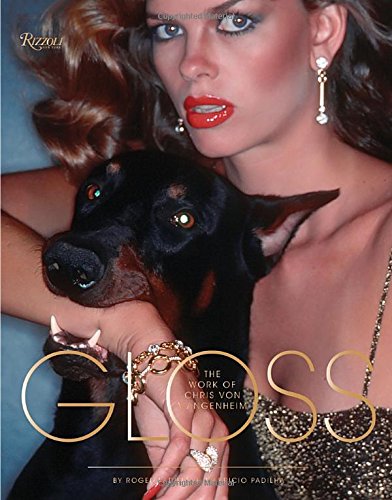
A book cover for Gloss: The Work of Chris von Wangenheim; Mauricio Padilha; Humor & Entertainment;